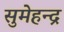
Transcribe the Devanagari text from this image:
सुमेहन्द्र